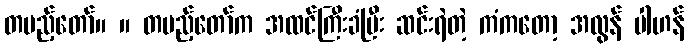
တပည့်တော်။ ။ တပည့်တော်က အထင်ကြီးခံပြီး ဆင်းရဲတဲ့ ကံကတော့ အလွန် ပါဟန်